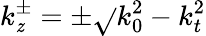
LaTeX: k_{\mathit{z}}^{\pm}=\pm\sqrt{}{{k_{0}^{2}-k_{t}^{2}}}